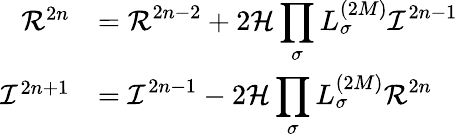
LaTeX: \begin{array}{rl}{{\cal R}^{2n}}&{=\displaystyle{\cal R}^{2n-2}+2{\cal H}\prod_{\sigma}L_{\sigma}^{(2M)}{\cal I}^{2n-1}}\\ {{\cal I}^{2n+1}}&{=\displaystyle{\cal I}^{2n-1}-2{\cal H}\prod_{\sigma}L_{\sigma}^{(2M)}{\cal R}^{2n}}\end{array}